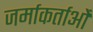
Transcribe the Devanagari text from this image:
जर्माकर्ताओं